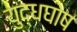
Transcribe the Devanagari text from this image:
युद्धघोष